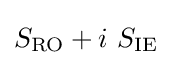
S_{\mathrm {RO} }+i\ S_{\mathrm {IE} }